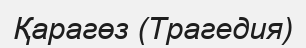
Қарагөз (Трагедия)